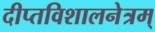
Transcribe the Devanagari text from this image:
दीप्तविशालनेत्रम्